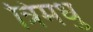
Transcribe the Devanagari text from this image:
त्रिमधु